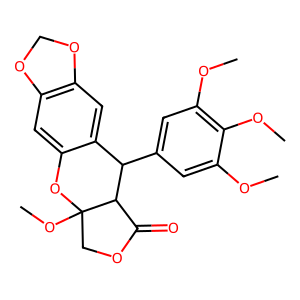
SMILES: COc1cc(C2c3cc4c(cc3OC3(OC)COC(=O)C23)OCO4)cc(OC)c1OC
Inhibits HIV replication: No